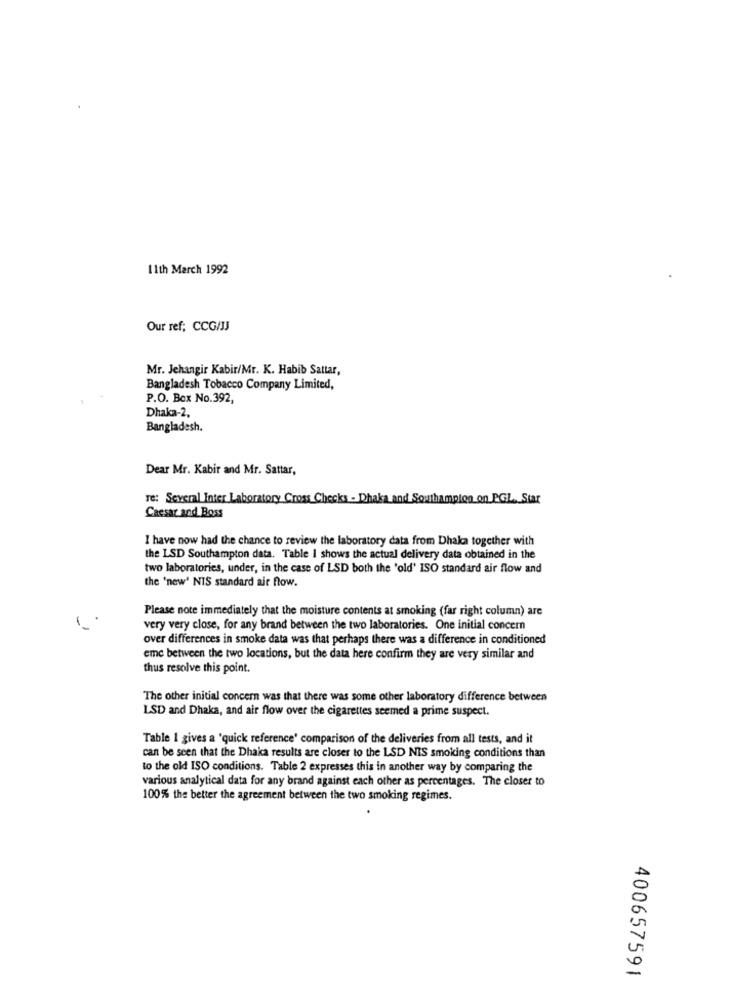
11th March 1992
Our ref; CCG/JJ
Mr. Jehangir Kabir/Mr. K. Habib Sattar,
Bangladesh Tobacco Company Limited,
P.O. Box No.392,
Dhaka-2,
Bangladesh.
Dear Mr. Kabir and Mr. Sattar,
re: Several Inter Laboratory Cross Checks - Dhaka and Southampton on PGL. Star
Caesar and Boss
I have now had the chance to review the laboratory data from Dhaka together with
the LSD Southampton data. Table I shows the actual delivery data obtained in the
two laboratories, under, in the case of LSD both the 'old' ISO standard air flow and
the 'new' NIS standard air flow.
Please note immediately that the moisture contents at smoking (far right column) are
very very close, for any brand between the two laboratories. One initial concern
over differences in smoke data was that perhaps there was a difference in conditioned
emc between the two locations, but the data here confirm they are very similar and
thus resolve this point.
The other initial concern was that there was some other laboratory difference between
LSD and Dhaka, and air flow over the cigarettes seemed a prime suspect.
Table 1 gives a 'quick reference' comparison of the deliveries from all tests, and it
can be seen that the Dhaka results are closer to the LSD NIS smoking conditions than
to the old ISO conditions. Table 2 expresses this in another way by comparing the
various analytical data for any brand against each other as percentages. The closer to
100% the better the agreement between the two smoking regimes.
400657591